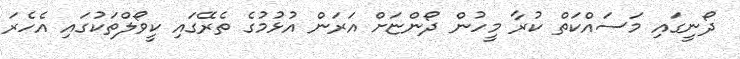
ދޯނީގައި މަސައްކަތް ކުރާ މީހުން ދޯންޏަށް އަރަން އުޅުމުގެ ތެރޭގައި ކީވޯލްތަކުގައި އެހެރަ